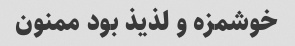
خوشمزه و لذیذ بود ممنون